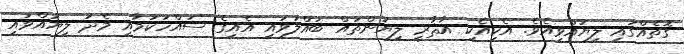
ގޮތެއްގައި ލިޔުއްވިއެވެ. އެކިއެކި އާޘާރީ ލިޔުންތައް ބައްލަވައި އެއިގެ ސައްހަކަމާއި މެދު ލިޔުއްވައި